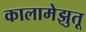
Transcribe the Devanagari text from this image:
कालामेझुतू